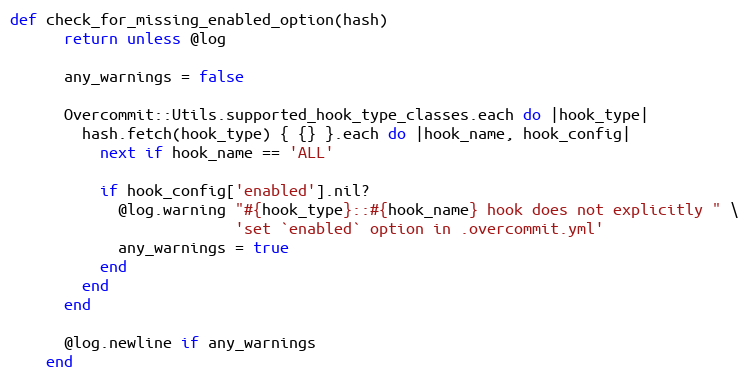
Language: Ruby
def check_for_missing_enabled_option(hash)
      return unless @log

      any_warnings = false

      Overcommit::Utils.supported_hook_type_classes.each do |hook_type|
        hash.fetch(hook_type) { {} }.each do |hook_name, hook_config|
          next if hook_name == 'ALL'

          if hook_config['enabled'].nil?
            @log.warning "#{hook_type}::#{hook_name} hook does not explicitly " \
                         'set `enabled` option in .overcommit.yml'
            any_warnings = true
          end
        end
      end

      @log.newline if any_warnings
    end